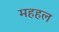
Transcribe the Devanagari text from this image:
महहल